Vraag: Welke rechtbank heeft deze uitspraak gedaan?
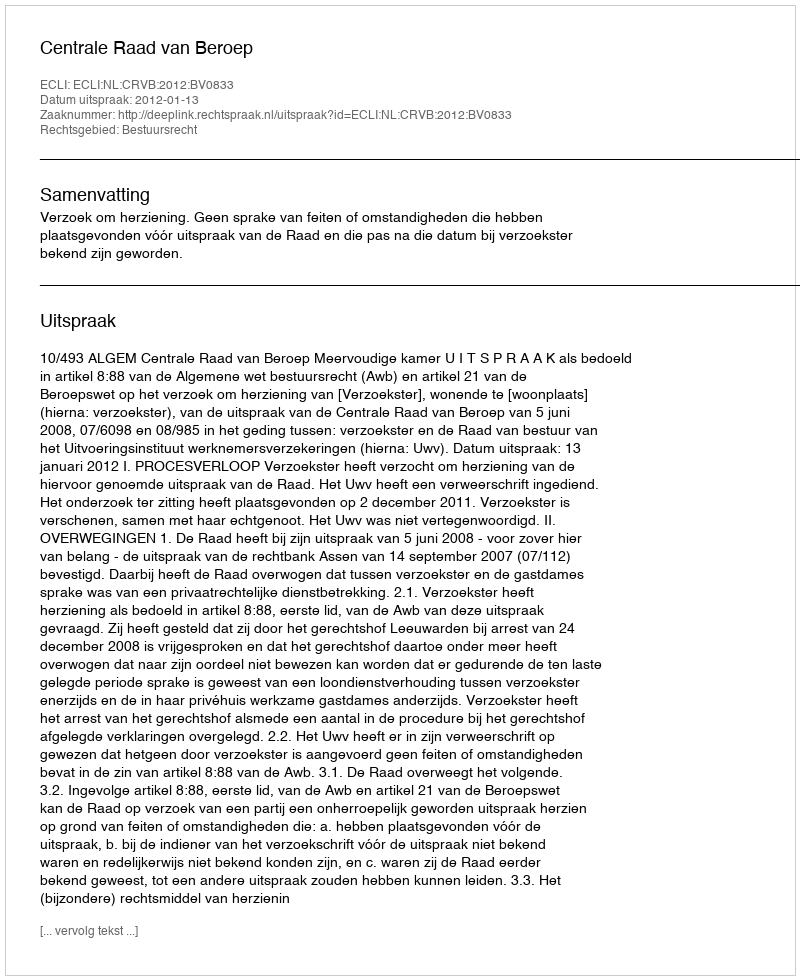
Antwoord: Centrale Raad van Beroep